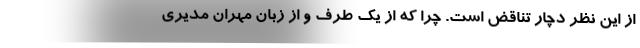
از این نظر دچار تناقض است. چرا که از یک طرف و از زبان مهران مدیری